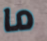
ما